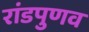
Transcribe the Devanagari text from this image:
रांडपुणव